Sanitation, dispensaries and jails vaccination Rajputana 1922-1927 - 1922-1927
Year: 1922
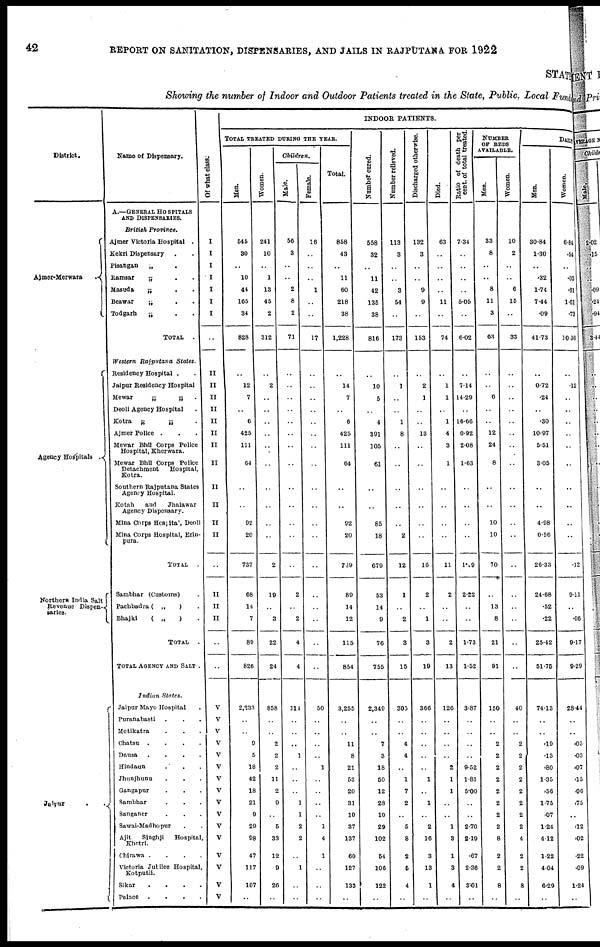
42
REPORT ON SANITATION, DISPENSARIES, AND JAILS IN RAJPUTANA FOR 1922
STATE
Showing the number of Indoor and Outdoor Patients treated in the State, Public. Local Funds
District.
Ajmer-Merwara.
Agency Hospitals .
Northers India Salt
Revenue Dispen¬
sarles.
Jaipur
.
.
Name of Dispensary.
A.—GENERAL HOSPITALS
AND DISPENSARIES.
British
Province.
Ajmer Victoria Hospital .
Kekri Dispensary . .
Pisangan
„ .
Ramsar
„ . .
Masuda
„ . .
Beawar
„ . .
Todgarh
„ . .
TOTAL .
Western Rajputana
States.
Residency Hospital .
Jaipur Residency Hospital .
Mewar
„
„ .
Deoli Agency Hospital .
Kotra
„
„ .
Ajmer Police . . .
Mewar Bhil Corps Police
Hospital, Kherwara.
Mewar Bhil Corps Police
Detachment
Hospital,
Eotra.
Southern Rajputana States
Agency Hospital.
Kotah
and
Jhalawar
Agency Dispensary.
Mina Corps Hospital, Deoli
Mina Corps Hospital, Erin¬
pura.
TOTAL
.
Sambhar (Customs) .
Pachbadra ( „
) .
Bhajki
( „
) .
TOTAL
.
TOTAL AGENCY AND SALT .
Indian
States.
Jaipur Mayo Hospital .
Puranabasti . . .
Motikatra . . .
Chatsu . . . .
Dausa
. . . .
Hindaun . . .
Jhunjhunu . . .
Gangapur . . .
Sambhar . . .
Sanganer . . .
Sawai-Madhopur . .
Ajit
Singhji
Hospital
Khetri.
Chirawa . . . .
Victoria Jubilee Hospital,
Kotputli.
Sikar
. . . .
Palace
. . . .
Of what class.
I
I
I
I
I
I
I
..
II
II
II
II
II
II
II
II
II
II
II
II
..
II
II
II
..
..
V
V
V
V
V
V
V
V
V
V
V
V
V
V
V
V
INDOOR PATIENTS.
TOTAL TREATED DURING THE YEAR.
Men.
545
30
..
10
44
165
34
828
..
12
7
..
6
425
111
64
..
..
92
20
737
68
14
7
89
826
2,233
..
..
9
5
18
42
18
21
9
20
98
47
117
107
..
Women.
241
10
..
1
13
45
2
312
..
2
..
..
..
..
..
..
..
..
..
..
2
19
..
3
22
24
858
..
..
2
2
2
11
2
9
..
6
33
12
9
26
..
Children.
Male.
56
3
..
..
2
8
2
71
..
..
..
..
..
..
..
..
..
..
..
..
..
2
..
2
4
4
114
..
..
..
1
..
..
..
1
1
2
2
..
1
..
..
Female.
16
..
..
..
1
..
..
17
..
..
..
..
..
..
..
..
..
..
..
..
..
..
..
..
..
..
50
..
..
..
..
1
..
..
..
..
1
4
1
..
..
..
Total.
858
43
..
11
60
218
38
1,228
..
14
7
..
6
425
111
64
..
..
92
20
739
89
14
12
115
854
3,255
..
..
11
8
21
53
20
31
10
37
137
60
127
133
..
Number cured.
558
32
..
11
42
135
38
816
..
10
5
..
4
391
105
61
..
..
85
18
679
53
14
9
76
755
2,349
..
..
7
3
18
60
12
28
10
29
102
54
106
122
..
Number relieved.
113
3
..
..
3
54
..
173
..
1
..
1
8
..
..
..
..
..
2
12
1
..
2
3
15
305
..
..
4
4
..
1
7
2
..
5
8
2
6
4
..
Discharged otherwise.
132
3
..
..
9
9
..
153
..
2
1
..
..
13
..
..
..
..
..
..
16
2
..
1
3
19
366
..
..
..
..
..
1
..
1
..
2
16
3
13
1
..
Died.
63
..
..
..
..
11
..
74
..
1
1
..
1
4
3
1
..
..
..
..
11
2
..
..
2
13
126
..
..
..
..
2
1
1
..
..
1
3
1
3
4
..
Ratio of death per
cent. of total treated.
7.34
..
..
..
..
5.05
..
6.02
..
7.14
14.29
..
16.66
0.92
2.08
1.63
..
..
..
..
189
2.22
..
..
1.73
1.52
3.87
..
..
..
..
952
1.81
5.00
..
..
2.70
2.19
.67
2.36
3.01
..
NUMBER
OF BEDS
AVAILABLE.
Men.
33
8
..
..
8
11
3
63
..
..
6
..
..
12
24
8
..
..
10
10
70
..
13
8
21
91
150
..
..
2
2
2
2
2
2
2
2
8
2
2
8
..
Women.
10
2
..
..
6
15
..
33
..
..
..
..
..
..
..
..
..
..
..
..
..
..
..
..
..
..
40
..
..
2
2
2
2
2
2
2
2
4
2
2
8
..
DAILY
Men.
30.84
1.30
..
.32
1.74
7.44
.09
41.73
..
0.72
.24
..
.30
10.97
5.51
3.05
..
..
4.98
0.56
26.33
24.68
.52
.22
25.42
51.75
7413
..
..
.19
.13
.80
1.35
.56
1.75
.07
1.24
4.12
1.22
4.04
6.29
..
Women.
6.84
.54
..
.03
.61
1.61
.73
10.36
..
.12
..
..
..
..
..
..
..
..
..
..
.12
9.11
..
.00
9.17
9.29
28.44
..
..
.05
.03
.07
.15
.06
.75
..
.12
.02
.22
.09
1.24
..